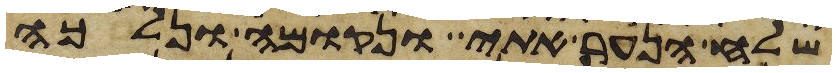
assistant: שלח הנער אתי ונקומה ונלכה